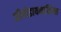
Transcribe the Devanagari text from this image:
जीयोडायनामिक्स